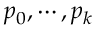
p _ { 0 } , \cdots , p _ { k }